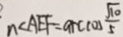
n < A E F = \arccos \frac { \sqrt { 1 0 } } { 5 }